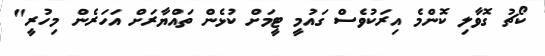
ކޯޗު ގޮވާލި ކޮންމެ އިރަކުވެސް ގައުމީ ޓީމަށް ކުޅެން ތައްޔާރަށް އަހަރެން މިހުރީ"